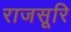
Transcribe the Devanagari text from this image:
राजसूरि